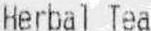
HERBAL TEA